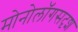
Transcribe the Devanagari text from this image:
मोनोलॉगसदृश